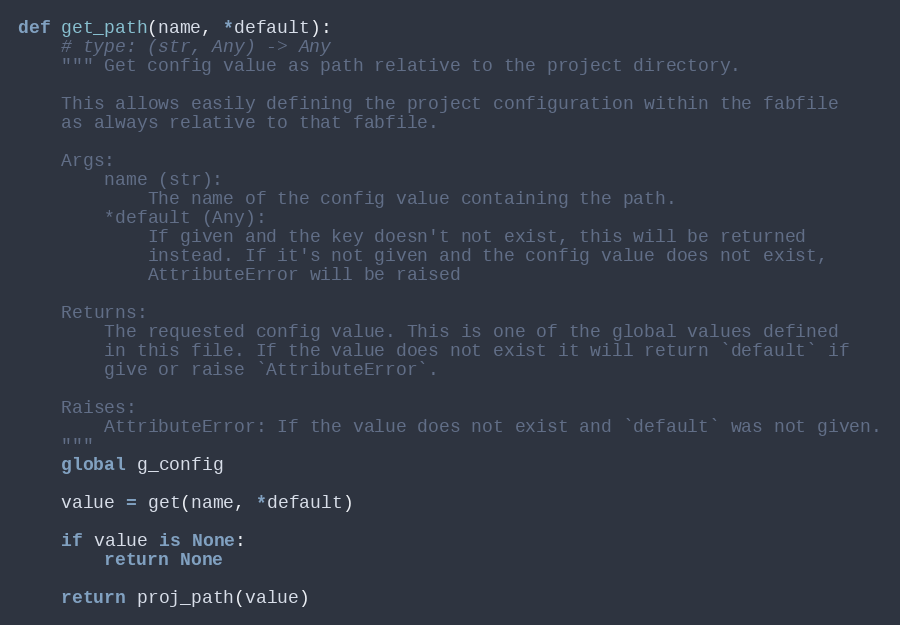
Language: Python
def get_path(name, *default):
    # type: (str, Any) -> Any
    """ Get config value as path relative to the project directory.

    This allows easily defining the project configuration within the fabfile
    as always relative to that fabfile.

    Args:
        name (str):
            The name of the config value containing the path.
        *default (Any):
            If given and the key doesn't not exist, this will be returned
            instead. If it's not given and the config value does not exist,
            AttributeError will be raised

    Returns:
        The requested config value. This is one of the global values defined
        in this file. If the value does not exist it will return `default` if
        give or raise `AttributeError`.

    Raises:
        AttributeError: If the value does not exist and `default` was not given.
    """
    global g_config

    value = get(name, *default)

    if value is None:
        return None

    return proj_path(value)